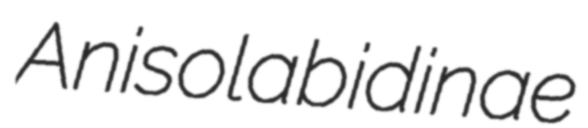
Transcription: Anisolabidinae